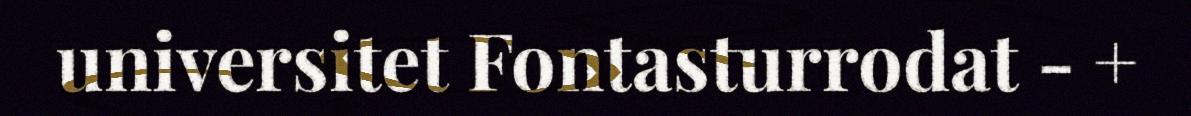
universitet Fontasturrodat - +